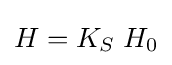
H=K_{S}\;H_{0}